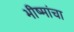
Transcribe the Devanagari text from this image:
भीष्मांचा